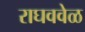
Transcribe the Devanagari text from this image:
राघववेळ